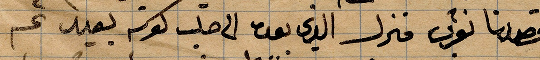
قصدنا .. منزل الذي بعده الى حلب كوته بعيد ثم